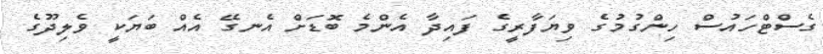
ގެސްޓްހައުސް ހިންގުމުގެ ވިޔަފާރީގެ ފައިދާ އެންމެ ބޮޑަށް އެނގޭ އެއް ބަޔަކީ ވެލިދޫގެ